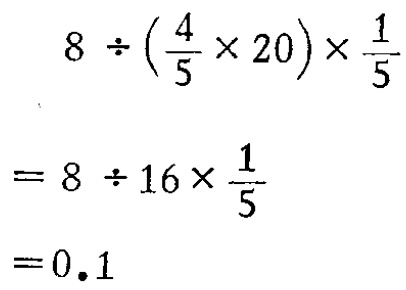
\[

\begin{align*}

&8\div(\frac{4}{5}\times20)\times\frac{1}{5}\\

=&8\div16\times\frac{1}{5}\\

=&0.1

\end{align*}

\]